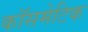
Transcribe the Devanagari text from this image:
कॉसमेटिक